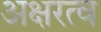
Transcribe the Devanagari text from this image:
अक्षरत्व